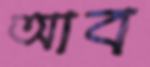
আব